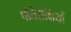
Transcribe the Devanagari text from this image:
प्रतिराक्षियों